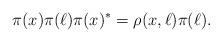
LaTeX: \begin{align*} \pi(x)\pi(\ell)\pi(x)^*=\rho(x,\ell) \pi(\ell).\end{align*}